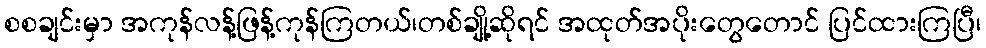
စစချင်းမှာ အကုန်လန့်ဖြန့်ကုန်ကြတယ်၊တစ်ချို့ဆိုရင် အထုတ်အပိုးတွေတောင် ပြင်ထားကြပြီ၊